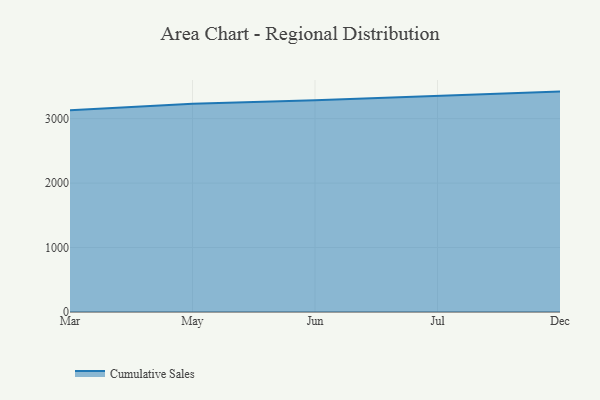
{"axis": {"x": "Month", "y": "Page Views"}, "legend": ["Cumulative Sales"], "data": [{"x": "Mar", "y": 3129.9, "type": "Cumulative Sales"}, {"x": "May", "y": 3229.6, "type": "Cumulative Sales"}, {"x": "Jun", "y": 3285.6, "type": "Cumulative Sales"}, {"x": "Jul", "y": 3353.5, "type": "Cumulative Sales"}, {"x": "Dec", "y": 3419.4, "type": "Cumulative Sales"}]}